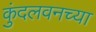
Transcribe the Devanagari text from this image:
कुंदलवनच्या